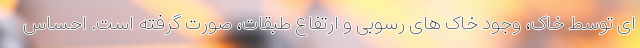
ای توسط خاک، وجود خاک های رسوبی و ارتفاع طبقات، صورت گرفته است. احساس